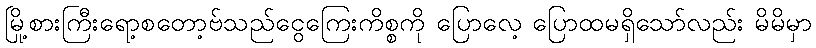
မြို့စားကြီးရော့စတော့ဗ်သည်ငွေကြေးကိစ္စကို ပြောလေ့ ပြောထမရှိသော်လည်း မိမိမှာ